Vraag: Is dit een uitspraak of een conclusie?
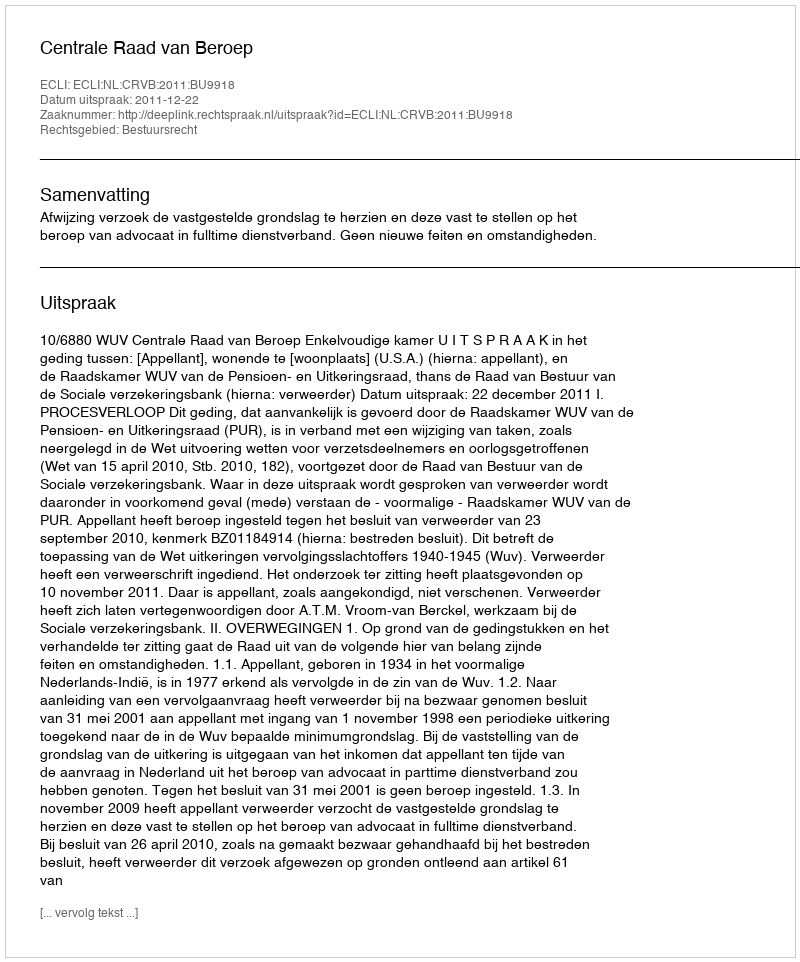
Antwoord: Uitspraak